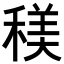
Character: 𥠦